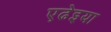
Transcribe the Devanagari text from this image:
एढेइया